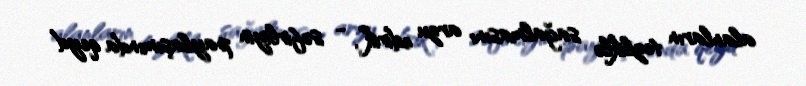
alanların tezliklə sağalmasını arzu edirik”, - səfirliyin paylaşımında qeyd